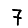
Digit: 7